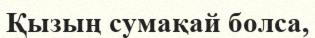
Қызың сумақай болса,